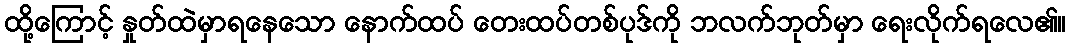
ထို့ကြောင့် နှုတ်ထဲမှာရနေသော နောက်ထပ် တေးထပ်တစ်ပုဒ်ကို ဘလက်ဘုတ်မှာ ရေးလိုက်ရလေ၏။